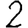
Digit: 2